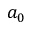
a _ { 0 }